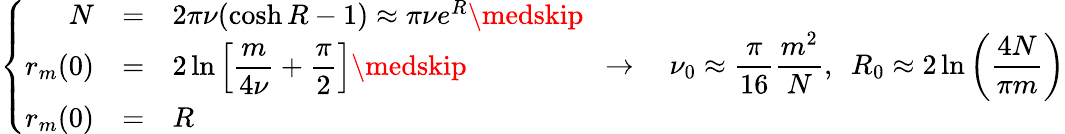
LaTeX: \left\{ \begin{array}{rll}{N}&{=}&{2\pi\nu(\cosh R-1)\approx\pi\nu e^{R}\medskip}\\ {r_{m}(0)}&{=}&{\displaystyle 2\ln\left[\frac{m}{4\nu}+\frac{\pi}{2}\right]\medskip}\\ {r_{m}(0)}&{=}&{R}\end{array}\right.\ \ \rightarrow\ \ \ \ \nu_{0}\approx\frac{\pi}{16}\frac{m^{2}}{N},\ \ R_{0}\approx 2\ln\left(\frac{4N}{\pi m}\right)